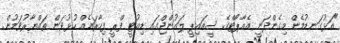
"އަޅުގަނޑުމެން މިގެންދަނީ އެއާޕޯޓްގެ ސީއައިޕީ ލައުންޖްގައި ޑިއުޓީ ފްރީ ފިހާރައެއް ހުޅުވަން ތައްޔާރުވަމުން.